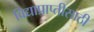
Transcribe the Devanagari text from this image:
विद्याप्राप्तीसाठी